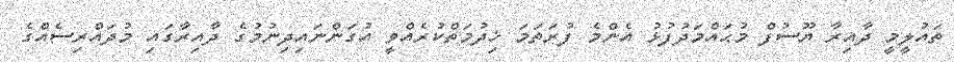
ތައުލީމީ ދާއިރާ ޔޫސުފް މުޙައްމަދުފުޅު އެންމެ ފުރަތަމަ ޚިދުމަތްކުރެއްވީ އުގަންނައިދިނުމުގެ ދާއިރާގައި މުދައްރިސެއްގެ